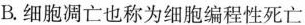
B.细胞凋亡也称为细胞编程性死亡